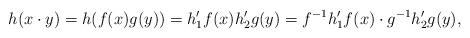
LaTeX: \begin{align*}h(x\cdot y)=h(f(x)g(y))=h_1'f(x)h_2'g(y)=f^{-1}h_1'f(x)\cdot g^{-1}h_2'g(y),\end{align*}